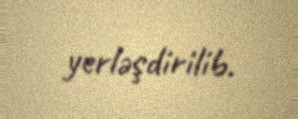
yerləşdirilib.